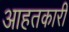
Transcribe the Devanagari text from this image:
आहतकारी